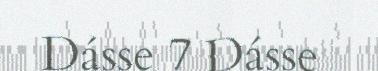
Dásse 7 Dásse